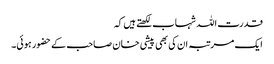
قدرت اللہ شہاب لکھتے ہیں کہ
ایک مرتبہ ان کی بھی پیشی خان صاحب کے حضور ہوئی۔